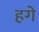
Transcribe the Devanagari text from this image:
हगे